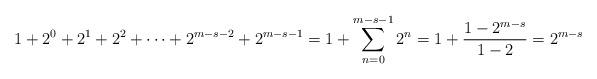
LaTeX: \begin{align*}1+2^{0}+2^{1}+2^{2}+\cdots+2^{m-s-2}+2^{m-s-1}=1+\sum_{n=0}^{m-s-1}2^{n}=1+\frac{1-2^{m-s}}{1-2}=2^{m-s}\end{align*}